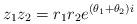
LaTeX: \begin{align*}z_1z_2 = r_1r_2e^{(\theta_1+\theta_2)i}\end{align*}